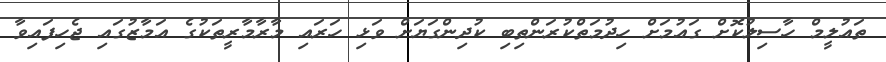
ތައުލީމް ހާސިލުކޮށް ގައުމަށް ހިދުމަތްކުރަންތިބި ކުދިންގަޔަށް ވަޅި ހަރައި މާރާމާރީތަކުގެ އަމާޒުގައި ޖެހިފައިވާ